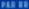
JALBE